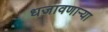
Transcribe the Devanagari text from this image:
धजावणाऱ्या